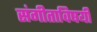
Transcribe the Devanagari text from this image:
संगीताविषयी